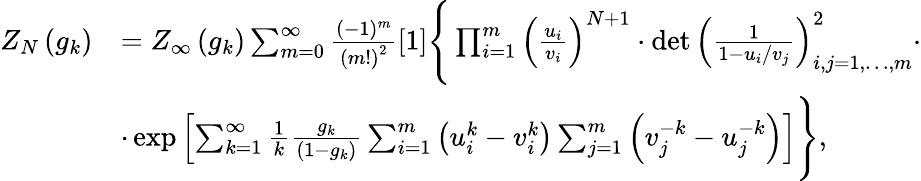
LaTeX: \begin{array}{rl}{Z_{N}\left(g_{k}\right)}&{=Z_{\infty}\left(g_{k}\right)\sum_{m=0}^{\infty}\frac{(-1)^{m}}{\left(m!\right)^{2}}[1]\Bigg\{ \prod_{i=1}^{m}\left(\frac{u_{i}}{v_{i}}\right)^{N+1}\cdot\operatorname*{det}\left(\frac{1}{1-u_{i}/v_{j}}\right)_{i,j=1,\dots,m}^{2}\cdot}\\ &{\cdot\exp\left[\sum_{k=1}^{\infty}\frac{1}{k}\frac{g_{k}}{\left(1-g_{k}\right)}\sum_{i=1}^{m}\left(u_{i}^{k}-v_{i}^{k}\right)\sum_{j=1}^{m}\left(v_{j}^{-k}-u_{j}^{-k}\right)\right]\Bigg\} ,}\end{array}